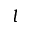
l